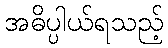
အဓိပ္ပါယ်ရသည့်